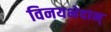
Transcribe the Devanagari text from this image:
विनयभेदान्